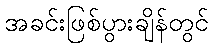
အခင်းဖြစ်ပွားချိန်တွင်